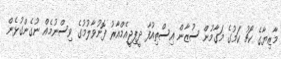
މާޒިޔާގެ ކޯޗު ކަމުގެ މަގާމުން ސުޒާން އިސްތިއުފާ ދީފިޖީއެމްއާރު ފޮނުވާލުމުގެ ވިސްނުމެއް ނުގެންގުޅެން